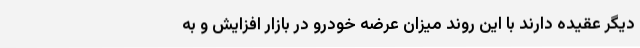
دیگر عقیده دارند با این روند میزان عرضه خودرو در بازار افزایش و به